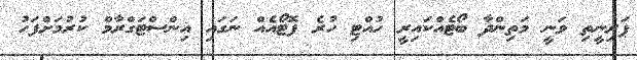
ޕަރިނީތި ވަނީ މަތިންދާ ބޯޓެއްކައިރީ ހުއްޓި ހުރެ ފޮޓޯއެއް ނަގައި އިންސްޓަގްރާމް ކުރުމަށްފަހު